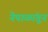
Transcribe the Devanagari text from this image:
नेपाळांतून